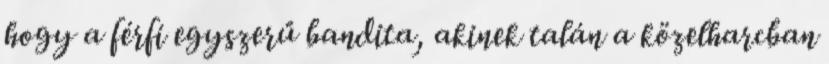
hogy a férfi egyszerű bandita, akinek talán a közelharcban